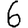
Digit: 6